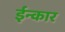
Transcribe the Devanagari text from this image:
ईन्कार